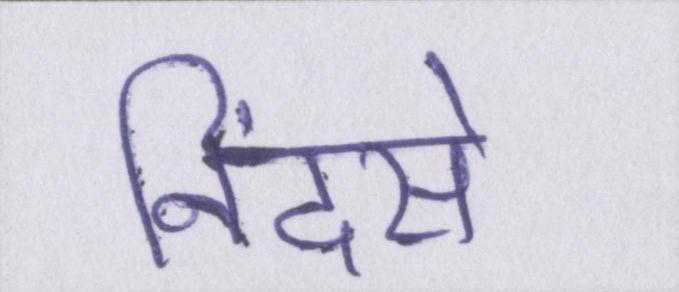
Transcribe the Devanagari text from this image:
निंदसे